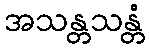
အသန္တသန္တံ